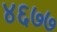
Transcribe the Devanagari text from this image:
४६७७